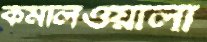
কমলিওয়ালা